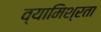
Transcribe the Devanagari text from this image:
व्यामिश्रता